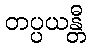
တပ္ပယန္တီ